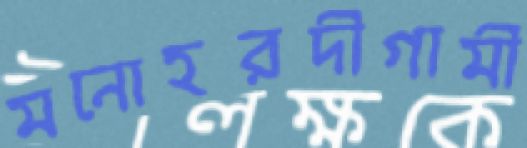
মনোহরদীগামী